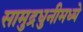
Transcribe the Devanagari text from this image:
सामुद्रधुनीमध्ये